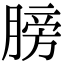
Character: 膀